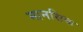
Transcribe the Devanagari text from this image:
मानसिक